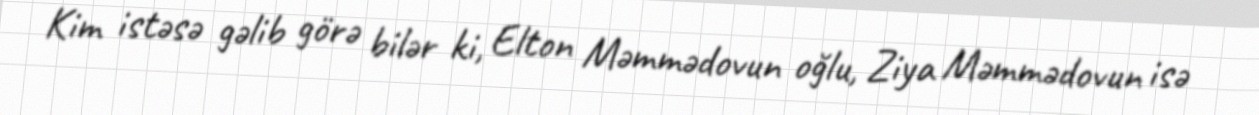
Kim istəsə gəlib görə bilər ki, Elton Məmmədovun oğlu, Ziya Məmmədovun isə